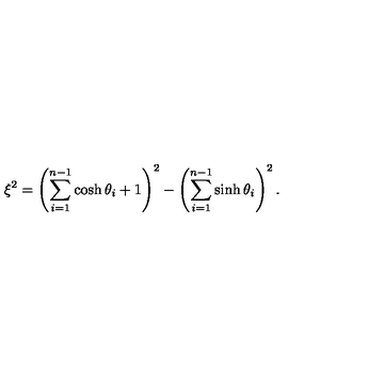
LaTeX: \xi ^ { 2 } = \left( \sum _ { i = 1 } ^ { n - 1 } \cosh \theta _ { i } + 1 \right) ^ { 2 } - \left( \sum _ { i = 1 } ^ { n - 1 } \sinh \theta _ { i } \right) ^ { 2 } .